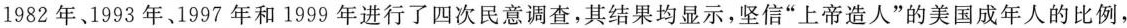
1982年、1993年、1997年和1999年进行了四次民意调查，其结果均显示，坚信”上帝造人”的美国成年人的比例，